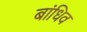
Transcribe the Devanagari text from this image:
बांधिव